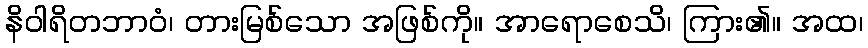
နိဝါရိတဘာဝံ၊ တားမြစ်သော အဖြစ်ကို။ အာရောစေသိ၊ ကြား၏။ အထ၊